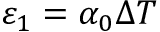
{ { \varepsilon } _ { 1 } } = { { \alpha } _ { 0 } } \Delta T